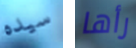
سيده رأها